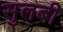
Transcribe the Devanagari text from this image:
सुलबी